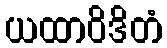
ယထာဝိဒိတံ